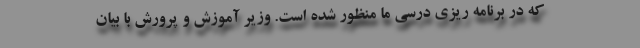
که در برنامه ریزی درسی ما منظور شده است. وزیر آموزش و پرورش با بیان